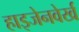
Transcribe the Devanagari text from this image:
हाइजेनवेर्ख